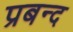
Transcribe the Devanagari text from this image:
प्रबन्द